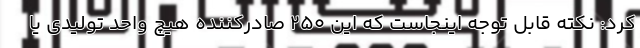
کرد: نکته قابل توجه اینجاست که این ۲۵۰ صادرکننده هیچ واحد تولیدی یا